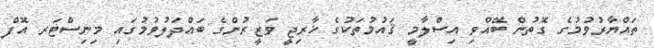
ތައްޔާރުވުމުގެ ގޮތުން ބޭއްވި އިސްލާމީ ޤައުމުތަކުގެ ޚާރިޖީ ވަޒީރުންގެ ބައްދަލުވުމުގައި މިނިސްޓަރ އޮފް